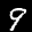
Label: 9